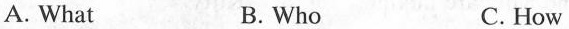
A. What B.Who C. How